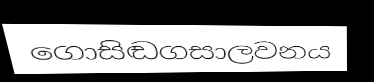
ගොසිඬගසාලවනය